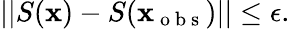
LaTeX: ||S(\mathbf{x})-S(\mathbf{x}_{\mathrm{{~o~b~s~}}})||\leq\epsilon.